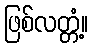
ဖြစ်လတ္တံ့။